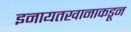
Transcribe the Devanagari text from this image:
इनायतखानाकडून